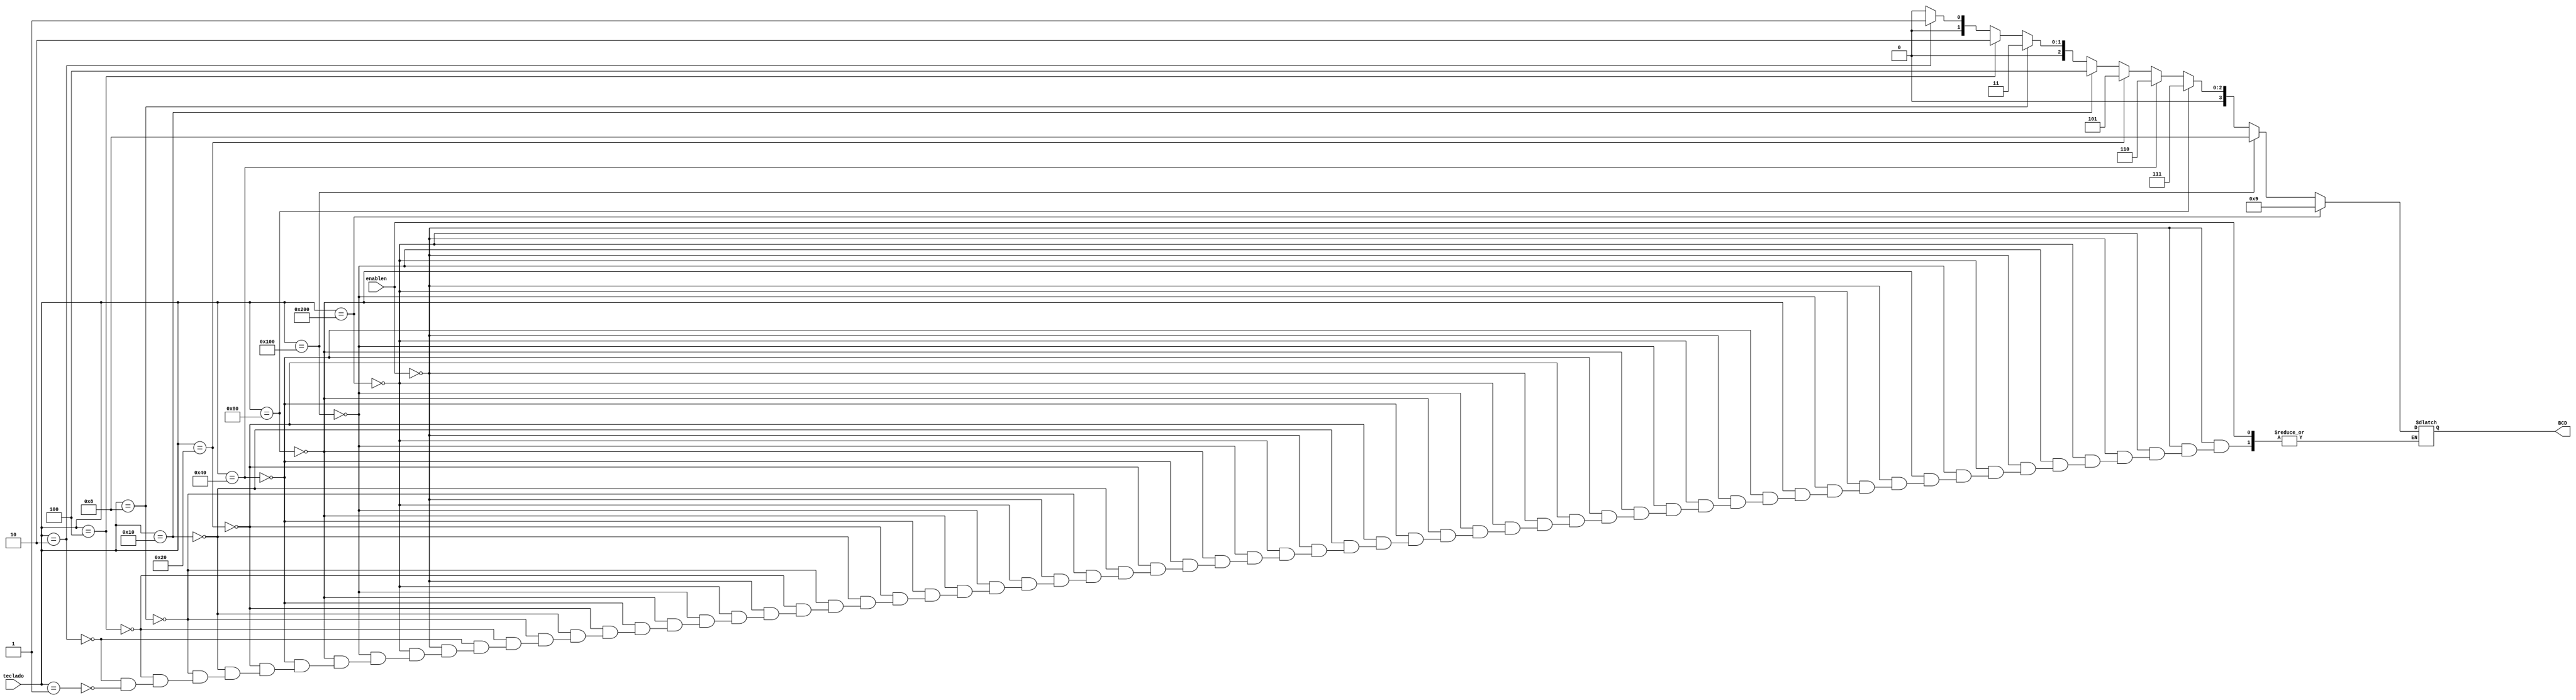
module codificador_priori(teclado, enablen, BCD);
  // Mudei o valor dos nmeros binrios para o normal
  input wire [9:0]teclado;
  input wire enablen;
  output reg [3:0]BCD;
  //output reg dado_valido;

  //initial dado_valido = 1'b0;

  always@(teclado)
    if (enablen == 1'b0)
      begin
        if (teclado[9:0] == 10'b1000000000)
          begin
        	  BCD = 4'b1001;
        	  //dado_valido = 1'b1;
          end
        else if (teclado[9:0] == 10'b0100000000)
          begin
        	  BCD = 4'b1000;
            //dado_valido = 1'b1;
          end
        else if (teclado[9:0] == 10'b0010000000)
          begin
			      BCD = 4'b0111;
        	  //dado_valido = 1'b1;
          end
        else if (teclado[9:0] == 10'b0001000000)
          begin
            BCD = 4'b0110;
            //dado_valido = 1'b1;
          end 
        else if (teclado[9:0] == 10'b0000100000)
          begin 
			      BCD = 4'b0101;
            //dado_valido = 1'b1;
          end 
        else if (teclado[9:0] == 10'b0000010000)
          begin
			      BCD = 4'b0100;
            //dado_valido = 1'b1;
          end 
        else if (teclado[9:0] == 10'b0000001000)
          begin
			      BCD = 4'b0011;
            //dado_valido = 1'b1;
          end 
        else if (teclado[9:0] == 10'b0000000100)
          begin 
			      BCD = 4'b0010;
            //dado_valido = 1'b1;
          end 
        else if (teclado[9:0] == 10'b0000000010)
          begin 
			      BCD = 4'b0001;
            //dado_valido = 1'b1;
          end 
        else if (teclado[9:0] == 10'b0000000001)
          begin
			      BCD = 4'b0000;
            //dado_valido = 1'b1;
          end

  	end
endmodule